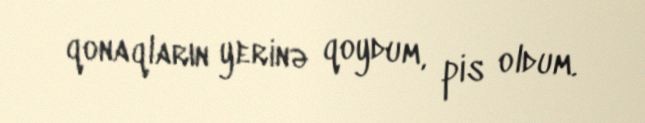
qonaqların yerinə qoydum, pis oldum.